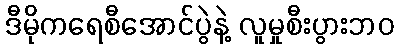
ဒီမိုကရေစီအောင်ပွဲနဲ့ လူမှုစီးပွားဘဝ